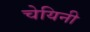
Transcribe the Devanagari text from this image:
चेयिनी